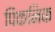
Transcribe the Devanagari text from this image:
पिकनिक